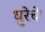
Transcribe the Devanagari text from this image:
धुरेचे